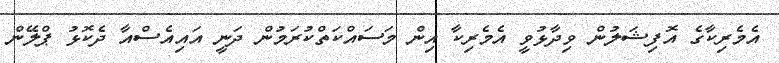
އެމެރިކާގެ އޮފިޝަލުން ވިދާޅުވީ އެމެރިކާ އިން މަަސައްކަތްކުރަމުން ދަނީ އައިއެސްއާ ދެކޮޅު ޕްލޭން